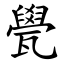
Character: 㽇